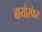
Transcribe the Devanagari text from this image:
बायोस्फेर